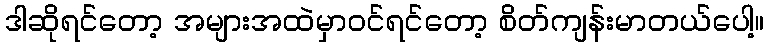
ဒါဆိုရင်တော့ အများအထဲမှာဝင်ရင်တော့ စိတ်ကျန်းမာတယ်ပေါ့။